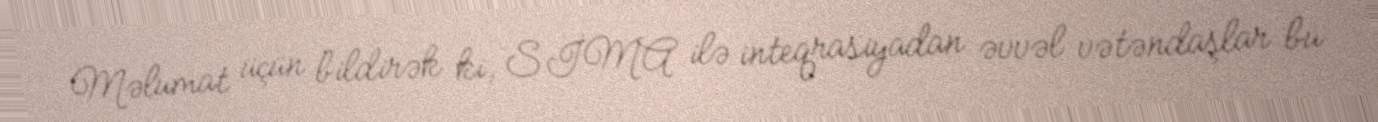
Məlumat üçün bildirək ki, SİMA ilə inteqrasiyadan əvvəl vətəndaşlar bu